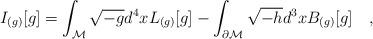
LaTeX: \begin{align*}I_{(g)}[g]=\int_{\cal M} \sqrt{-g} d^4x L_{(g)}[g]-\int_{\partial {\cal M}} \sqrt{-h} d^3xB_{(g)}[g]~~~,\end{align*}